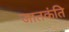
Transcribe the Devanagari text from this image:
जातकंति